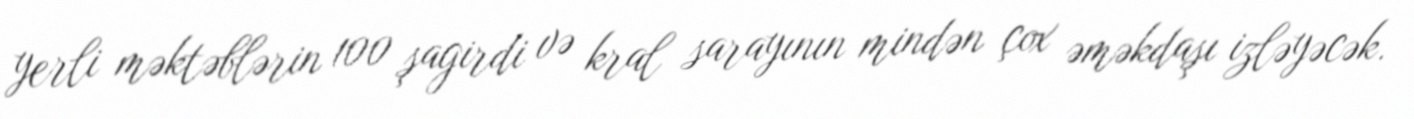
yerli məktəblərin 100 şagirdi və kral sarayının mindən çox əməkdaşı izləyəcək.